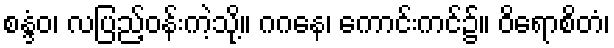
စန္ဒံဝ၊ လပြည့်ဝန်းကဲ့သို့။ ဂဂနေ၊ ကောင်းကင်၌။ ဝိရောစိတံ၊